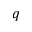
q